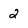
Character: 2